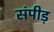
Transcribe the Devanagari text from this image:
संपीड़